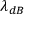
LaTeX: \lambda _ { d B }